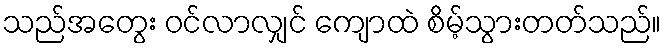
သည်အတွေး ဝင်လာလျှင် ကျောထဲ စိမ့်သွားတတ်သည်။